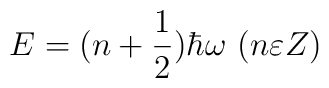
E=(n+\frac{1}{2})\hbar\omega \ \ \\ (n\varepsilon Z)